Leaving Certificate Examination (including Day School Certificate (Higher) General paper), 1939
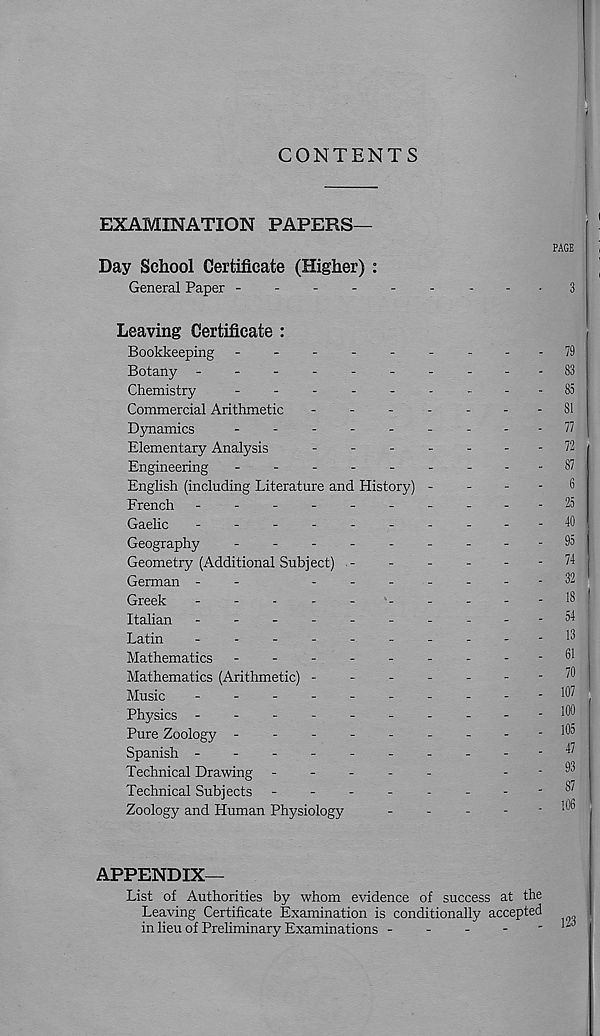
CONTENTS
EXAMINATION PAPERS—
PAGE
Day School Certificate (Higher) :
General Paper ---------
3
Leaving Certificate :
Bookkeeping -
--
--
--
--79
Botany ---------- 83
Chemistry
--------- 85
Commercial Arithmetic
-
-
-
-
-
-
- 81
Dynamics
---------
11
Elementary Analysis
-
-
-
-
-
-
- 11
Engineering --------- 87
English (including Literature and History) -
-
-
-
6
French -
--
--
--
--
- 25
Gaelic
-
--
--
--
--
- 40
Geography
--------- 95
Geometry (Additional Subject) ------ 74
German -
-
------- 32
Greek
-
-
-
-
-
-
-
-
-
-18
Italian -
--
--
-----54
Latin
-
--
--
--
--
- 13
Mathematics -
--
--
--
--61
Mathematics (Arithmetic)
^
Music
---------- 107
Physics -
--
--
--
--
-100
Pure Zoology --------- l® 3
Spanish
^
Technical Drawing -----
.
. 93
Technical Subjects -------- 37
Zoology and Human Physiology
-
-
-
‘ j0
APPENDIX—
List of Authorities by whom evidence of success at the
Leaving Certificate Examination is conditionally accepted
in lieu of Preliminary Examinations -
-
-
-
-